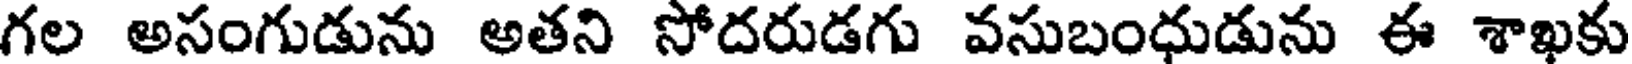
గల అసంగుడును అతని సోదరుడగు వసుబంధుడును ఈ శాఖకు